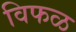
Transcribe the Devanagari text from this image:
विफळ